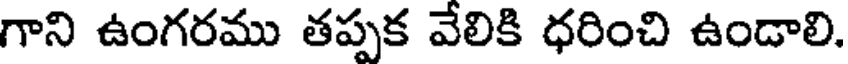
గాని ఉంగరము తప్పక వేలికి ధరించి ఉండాలి.